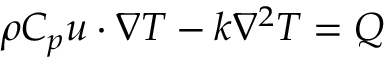
\rho C _ { p } \ensuremath { \boldsymbol { u } } \cdot \nabla T - k \nabla ^ { 2 } T = Q